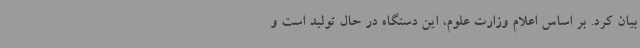
بیان کرد. بر اساس اعلام وزارت علوم، این دستگاه در حال تولید است و